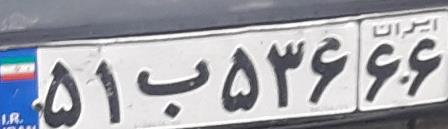
۵۱ب۵۳۶۶۶